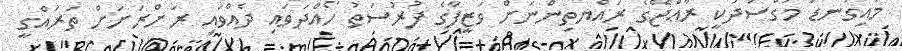
މައިގަނޑު މަގްސަދަކީ ރާޢްޖޭގެ ރައްޔތިންނަށް ވަޒީފާގެ ފުރުސަތު ހޯއްދަވައި ދެއްވައި ރަށްރަށަށް ތަރައްގީ